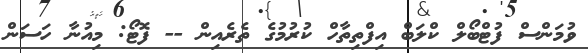
ވުމަންސް ފުޓްބޯލް ކްލަބް އިފްތިތާހް ކުރުމުގެ ތެރެއިން -- ފޮޓޯ: މިއުނާ ހަސަން